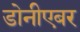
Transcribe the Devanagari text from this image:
डोनीएबर